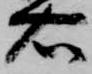
右